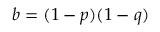
b = ( 1 - p ) ( 1 - q )